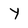
Character: y